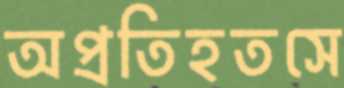
অপ্রতিহতসে